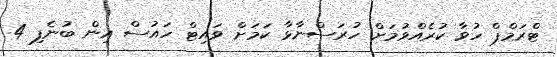
ޓްރަމްޕް ހުވާ ކުރެއްވުމަށް ހުރަސްނާޅާ ކަމަށް ވައިޓް ހައުސް އިން ބުނެފި 4